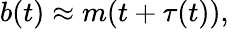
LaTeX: b(t)\approx m(t+\tau(t)),